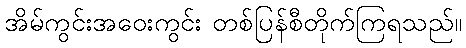
အိမ်ကွင်းအဝေးကွင်း တစ်ပြန်စီတိုက်ကြရသည်။